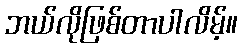
ဘယ်လိုဖြစ်တာပါလိမ့်။